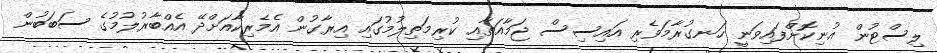
ލިސްޓުން އުނިކޮށްފައިވަނީ ހަނގުރާމަވެރި އައިސިސް ޖަމާއަތާއި ކުރިމަތިލުމުގައި އިރާގުން އެމެރިކާއަށްދޭ އެއްބާރުލުމުގެ ސަބަބުން